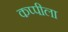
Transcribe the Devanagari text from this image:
कप्पीला